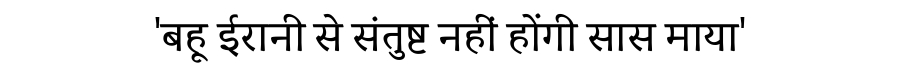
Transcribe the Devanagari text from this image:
'बहू ईरानी से संतुष्ट नहीं होंगी सास माया'